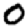
Digit: 0